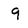
Character: 9